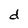
Character: d